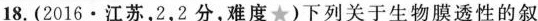
18. (2016·江苏，2，2分，难度★)下列关于生物膜透性的叙